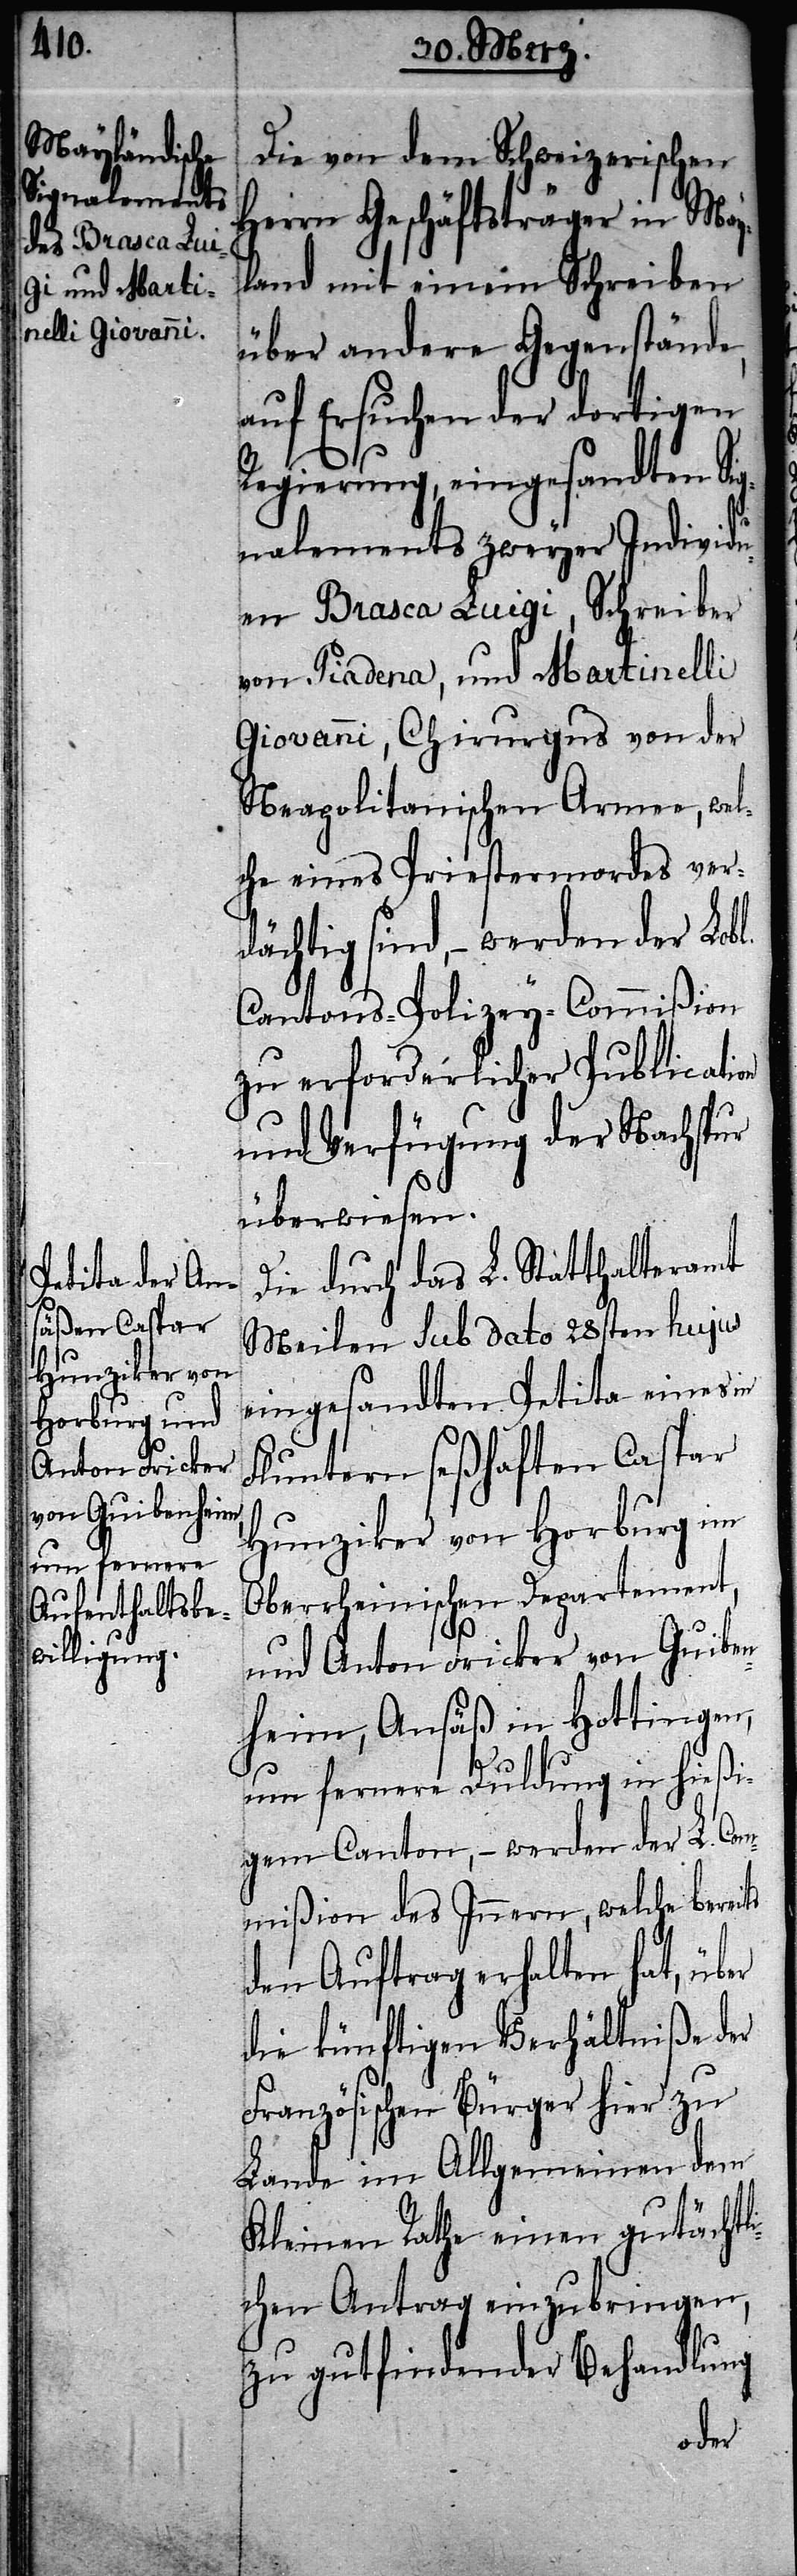
Die von dem Schweizerischen
Herrn Geschäftsträger in May¬
land mit einem Schreiben
über andere Gegenstände,
auf Ersuchen der dortigen
Regierung, eingesandten Si¬
gnalements zweyer Individu¬
en Brasca Luigi, Schreiber
von Piadena, und Martinelli
Giovanni, Chirurgus von der
Neapolitanischen Armee, wel¬
che eines Priestermordes ver¬
dächtig sind, – werden der Lobl.
Cantons-Polizey-Commißion
zu erforderlicher Publication
und Verfügung der Nachspur
überwiesen.
Die durch das L. Statthalteramt
Meilen sub dato 28sten hujus
eingesandten Petita eines in
Fluntern seßhaften Caspar
Hunziker von Horburg im
Oberrheinischen Departement,
und Anton Fricker von Guiben¬
heim, Ansäß in Hottingen,
um fernere Duldung in hießi¬
gem Canton, – werden der L. Com¬
mißion des Innern, welche bereits
den Auftrag erhalten hat, über
die künftigen Verhältniße der
Französischen Bürger hier zu
Lande im Allgemeinen dem
Kleinen Rathe einen gutächtl¬
ichen Antrag einzubringen,
zu gutfindender Behandlung